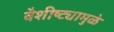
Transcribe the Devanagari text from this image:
वैशीष्ट्यामुळे